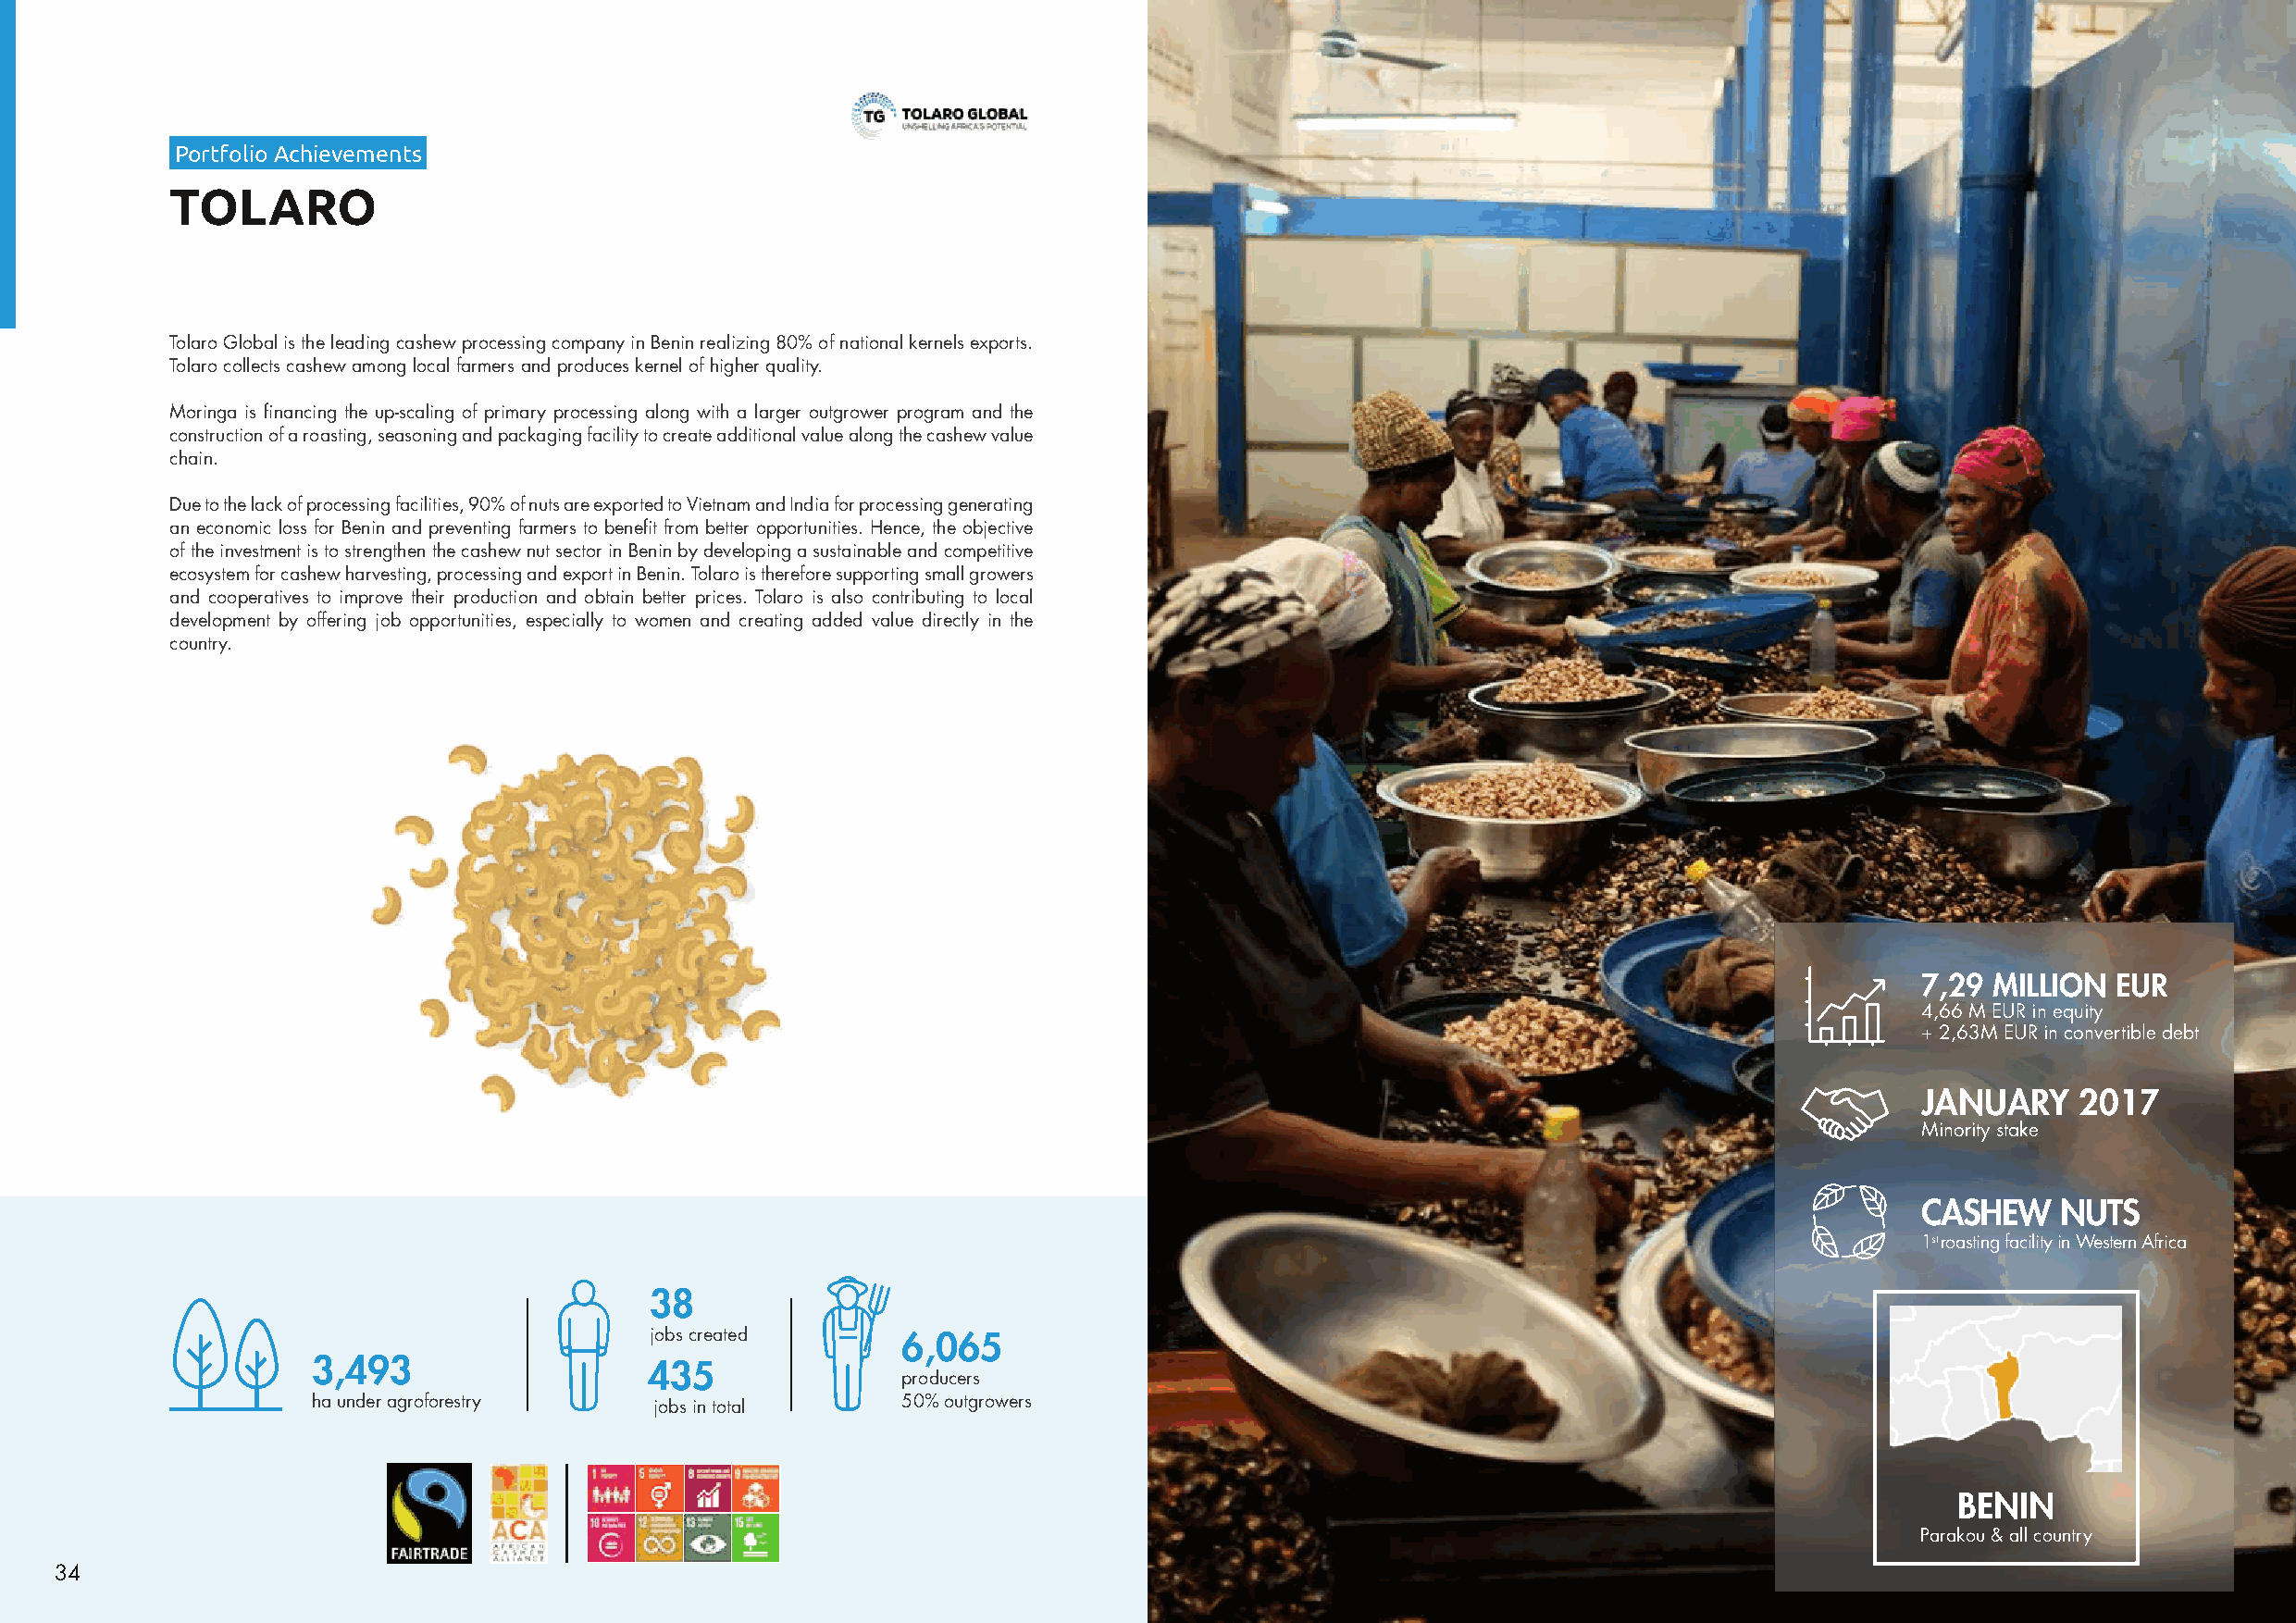
Portfolio Achievements
 TOLARO
 Tolaro Global is the leading cashew processing company in Benin realizing 80% of national kernels exports.
 Tolaro collects cashew among local farmers and produces kernel of higher quality.
 Moringa is financing the up-scaling of primary processing along with a larger outgrower program and the
 construction of a roasting, seasoning and packaging facility to create additional value along the cashew value
 chain.
 Due to the lack of processing facilities, 90% of nuts are exported to Vietnam and India for processing generating
 an economic loss for Benin and preventing farmers to benefit from better opportunities. Hence, the objective
 of the investment is to strengthen the cashew nut sector in Benin by developing a sustainable and competitive
 ecosystem for cashew harvesting, processing and export in Benin. Tolaro is therefore supporting small growers
 and cooperatives to improve their production and obtain better prices. Tolaro is also contributing to local
 development by offering job opportunities, especially to women and creating added value directly in the
 country.
 7,29  MILLION EUR
 4,66 M EUR in equity
 + 2,63M EUR in convertible debt
 JANUARY     2017
 Minority stake
 CASHEW    NUTS
 1st roasting facility in Western Africa
 38
 jobs created      6,065
 3,493                   435
 producers
 ha under agroforestry    jobs in total    50% outgrowers
 BENIN
 Parakou & all country
 34